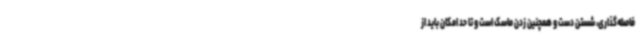
فاصله‌گذاری، شستن دست و همچنین زدن ماسک است و تا حد امکان باید از